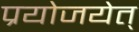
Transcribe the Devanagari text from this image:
प्रयोजयेत्